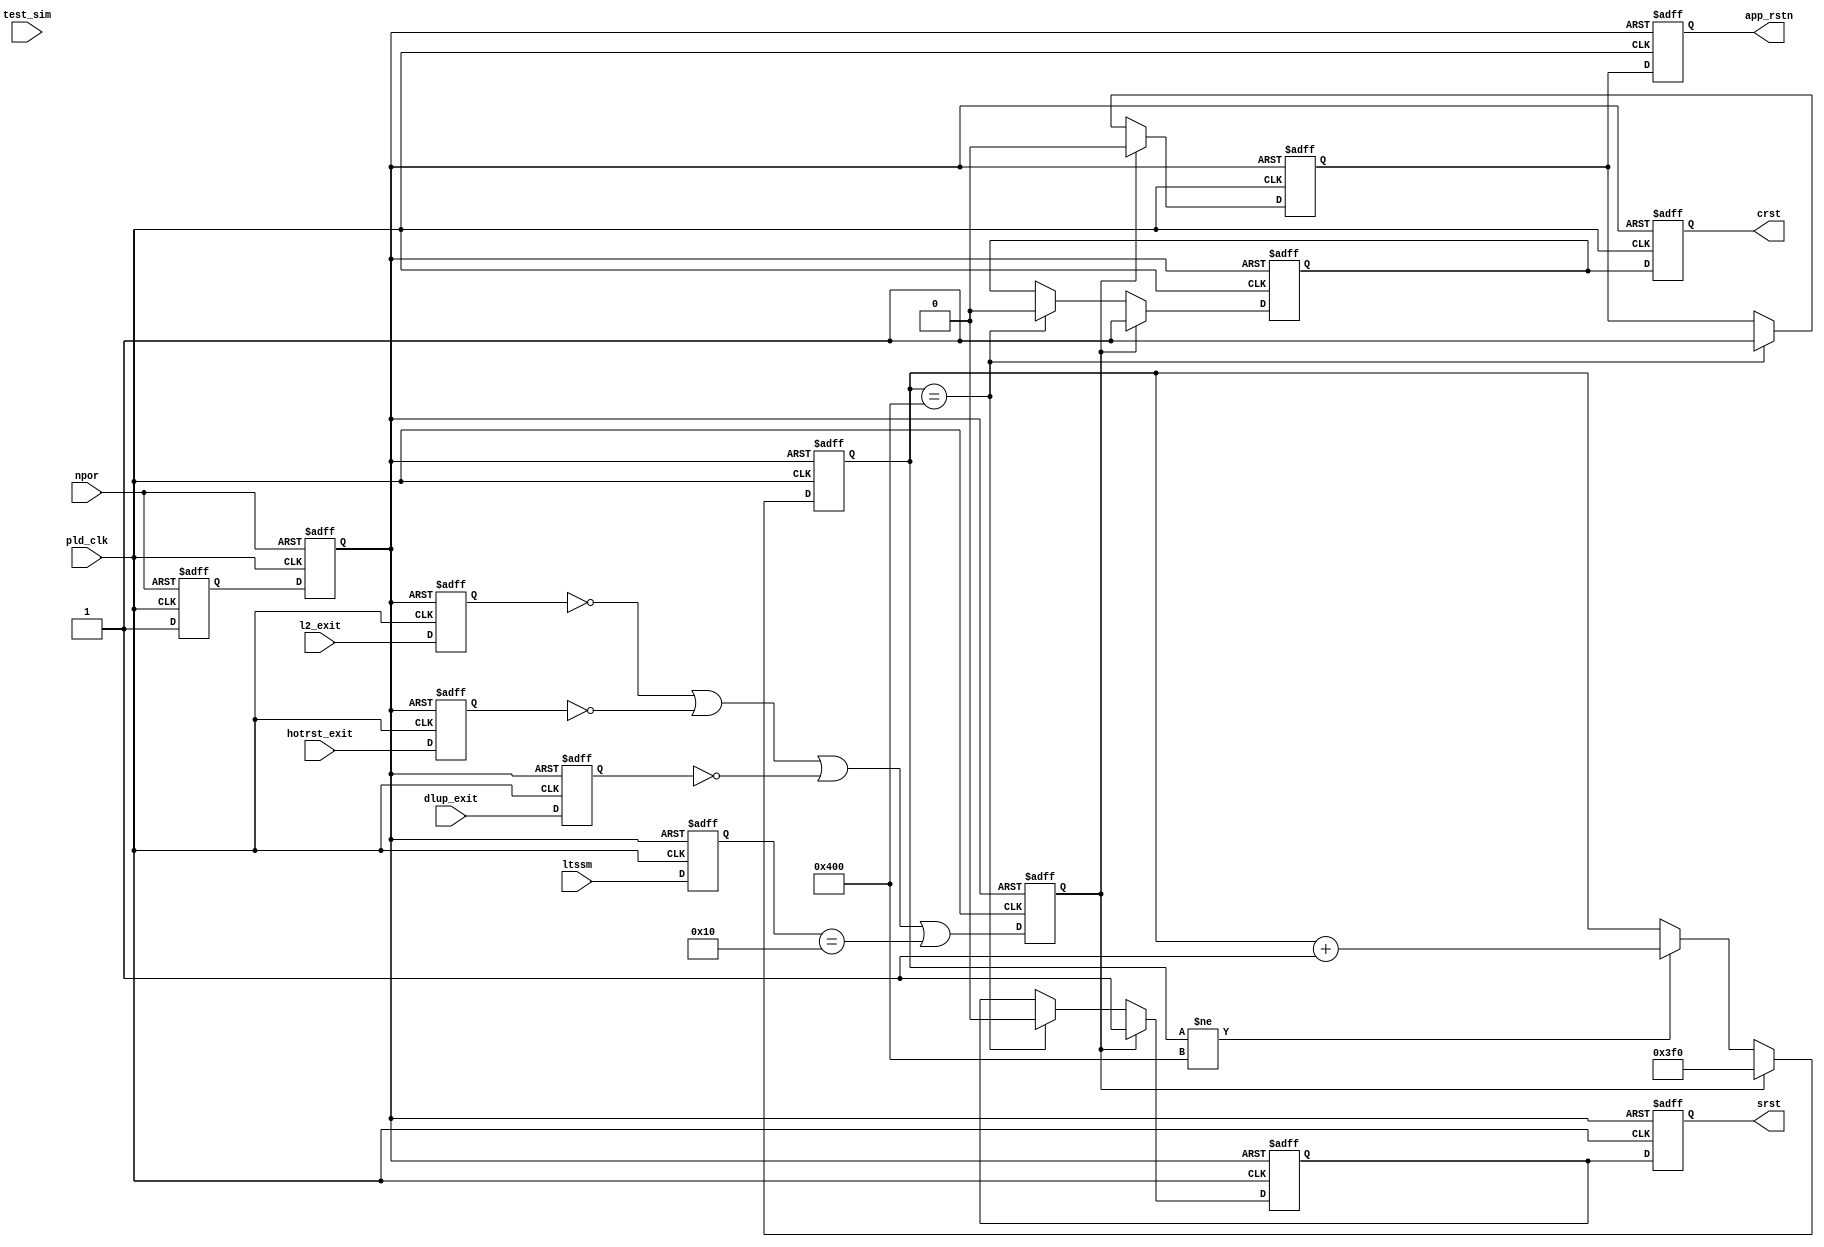
//Legal Notice: (C)2014 Altera Corporation. All rights reserved.  Your
//use of Altera Corporation's design tools, logic functions and other
//software and tools, and its AMPP partner logic functions, and any
//output files any of the foregoing (including device programming or
//simulation files), and any associated documentation or information are
//expressly subject to the terms and conditions of the Altera Program
//License Subscription Agreement or other applicable license agreement,
//including, without limitation, that your use is for the sole purpose
//of programming logic devices manufactured by Altera and sold by Altera
//or its authorized distributors.  Please refer to the applicable
//agreement for further details.

// synthesis translate_off
`timescale 1ns / 1ps
// synthesis translate_on

// turn off superfluous verilog processor warnings 
// altera message_level Level1 
// altera message_off 10034 10035 10036 10037 10230 10240 10030 

///** Reset logic for HIP + 
//*/
module pcie_c4_1x_rs_hip (
                           // inputs:
                            dlup_exit,
                            hotrst_exit,
                            l2_exit,
                            ltssm,
                            npor,
                            pld_clk,
                            test_sim,

                           // outputs:
                            app_rstn,
                            crst,
                            srst
                         )
;

  output           app_rstn;
  output           crst;
  output           srst;
  input            dlup_exit;
  input            hotrst_exit;
  input            l2_exit;
  input   [  4: 0] ltssm;
  input            npor;
  input            pld_clk;
  input            test_sim;

  reg              any_rstn_r /* synthesis ALTERA_ATTRIBUTE = "SUPPRESS_DA_RULE_INTERNAL=R102 ; SUPPRESS_DA_RULE_INTERNAL=R101"  */;
  reg              any_rstn_rr /* synthesis ALTERA_ATTRIBUTE = "SUPPRESS_DA_RULE_INTERNAL=R102 ; SUPPRESS_DA_RULE_INTERNAL=R101"  */;
  reg              app_rstn;
  reg              app_rstn0;
  reg              crst;
  reg              crst0;
  reg     [  4: 0] dl_ltssm_r;
  reg              dlup_exit_r;
  reg              exits_r;
  reg              hotrst_exit_r;
  reg              l2_exit_r;
  wire             otb0;
  wire             otb1;
  reg     [ 10: 0] rsnt_cntn;
  reg              srst;
  reg              srst0;
  assign otb0 = 1'b0;
  assign otb1 = 1'b1;
  //pipe line exit conditions
  always @(posedge pld_clk or negedge any_rstn_rr)
    begin
      if (any_rstn_rr == 0)
        begin
          dlup_exit_r <= otb1;
          hotrst_exit_r <= otb1;
          l2_exit_r <= otb1;
          exits_r <= otb0;
        end
      else 
        begin
          dlup_exit_r <= dlup_exit;
          hotrst_exit_r <= hotrst_exit;
          l2_exit_r <= l2_exit;
          exits_r <= (l2_exit_r == 1'b0) | (hotrst_exit_r == 1'b0) | (dlup_exit_r == 1'b0) | (dl_ltssm_r == 5'h10);
        end
    end


  //LTSSM pipeline
  always @(posedge pld_clk or negedge any_rstn_rr)
    begin
      if (any_rstn_rr == 0)
          dl_ltssm_r <= 0;
      else 
        dl_ltssm_r <= ltssm;
    end


  //reset Synchronizer
  always @(posedge pld_clk or negedge npor)
    begin
      if (npor == 0)
        begin
          any_rstn_r <= 0;
          any_rstn_rr <= 0;
        end
      else 
        begin
          any_rstn_r <= 1;
          any_rstn_rr <= any_rstn_r;
        end
    end


  //reset counter
  always @(posedge pld_clk or negedge any_rstn_rr)
    begin
      if (any_rstn_rr == 0)
          rsnt_cntn <= 0;
      else if (exits_r == 1'b1)
          rsnt_cntn <= 11'h3f0;
      else if (rsnt_cntn != 11'd1024)
          rsnt_cntn <= rsnt_cntn + 1;
    end


  //sync and config reset
  always @(posedge pld_clk or negedge any_rstn_rr)
    begin
      if (any_rstn_rr == 0)
        begin
          app_rstn0 <= 0;
          srst0 <= 1;
          crst0 <= 1;
        end
      else if (exits_r == 1'b1)
        begin
          srst0 <= 1;
          crst0 <= 1;
          app_rstn0 <= 0;
        end
      else // synthesis translate_off
      if ((test_sim == 1'b1) & (rsnt_cntn >= 11'd32))
        begin
          srst0 <= 0;
          crst0 <= 0;
          app_rstn0 <= 1;
        end
      else // synthesis translate_on
      if (rsnt_cntn == 11'd1024)
        begin
          srst0 <= 0;
          crst0 <= 0;
          app_rstn0 <= 1;
        end
    end


  //sync and config reset pipeline
  always @(posedge pld_clk or negedge any_rstn_rr)
    begin
      if (any_rstn_rr == 0)
        begin
          app_rstn <= 0;
          srst <= 1;
          crst <= 1;
        end
      else 
        begin
          app_rstn <= app_rstn0;
          srst <= srst0;
          crst <= crst0;
        end
    end



endmodule